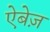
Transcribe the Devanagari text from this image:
ऐबेज़